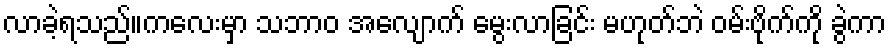
လာခဲ့ရသည်။ကလေးမှာ သဘာဝ အလျောက် မွေးလာခြင်း မဟုတ်ဘဲ ဝမ်းဗိုက်ကို ခွဲကာ